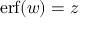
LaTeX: \operatorname { e r f } ( w ) = z